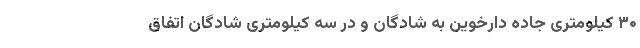
۳۰ کیلومتری جاده دارخوین به شادگان و در سه کیلومتری شادگان اتفاق